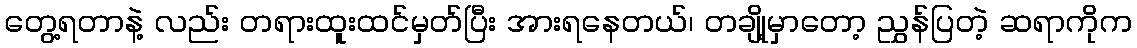
တွေ့ရတာနဲ့ လည်း တရားထူးထင်မှတ်ပြီး အားရနေတယ်၊ တချို့မှာတော့ ညွှန်ပြတဲ့ ဆရာကိုက